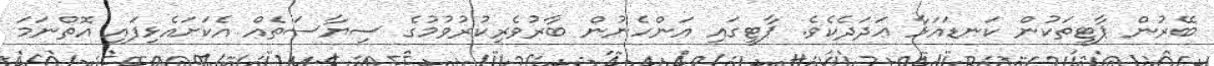
ބޭރުން ޕާޓީތަކުން ކަނޑައަޅާ ޢަދަދެކެވެ. ޕާޓީގައި އަންހެނުން ބާރުވެރިކުރުވުމުގެ ސިޔާސަތެއް އެކަށައެޅިފައި އޮތްނަމަ